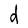
Character: d